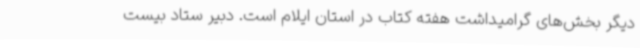
دیگر بخش‌های گرامیداشت هفته کتاب در استان ایلام است. دبیر ستاد بیست